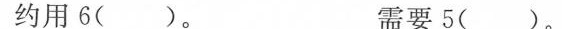
约用6()。 需要5()。